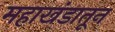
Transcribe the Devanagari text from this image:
महाखंडातून